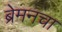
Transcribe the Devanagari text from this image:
ब्रेमनचा